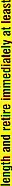
length and retire immediately at least